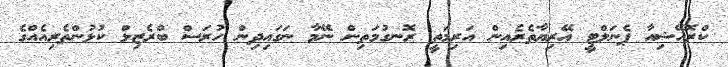
ކްރޮއޭޝިއާ ޕެނަލްޓީ އޭރިޔާތެރެއިން އަރިމަތީ ރޮނގުމަތިން ނޭމާ ނަގައިދިން ހުރަސް ބްރެޒިލް ކުޅުންތެރިއެއްގެ